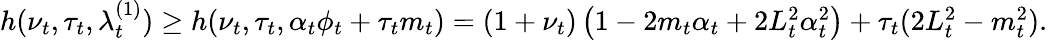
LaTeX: \begin{array}{r}{h(\nu_{t},\tau_{t},\lambda_{t}^{(1)})\ge h(\nu_{t},\tau_{t},\alpha_{t}\phi_{t}+\tau_{t}m_{t})=\left(1+\nu_{t}\right)\left(1-2m_{t}\alpha_{t}+2L_{t}^{2}\alpha_{t}^{2}\right)+\tau_{t}(2L_{t}^{2}-m_{t}^{2}).}\end{array}